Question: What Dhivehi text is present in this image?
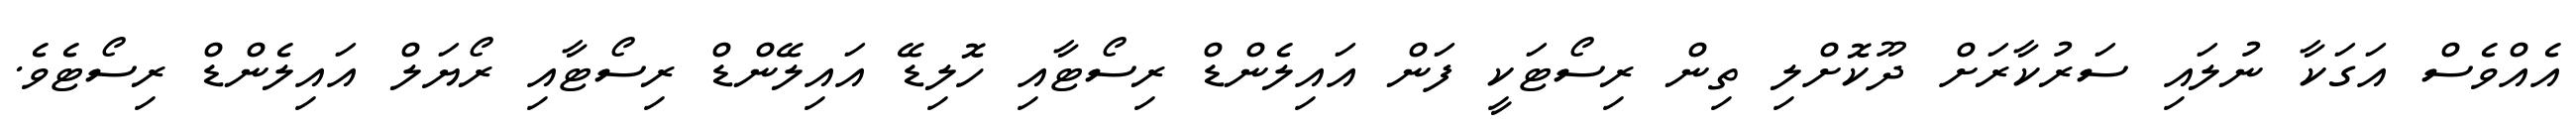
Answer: އެއްވެސް އަގަކާ ނުލައި ސަރުކާރަށް ދޫކޮށްލި ތިން ރިސޯޓަކީ ފަން އައިލެންޑް ރިސޯޓާއި ހޮލިޑޭ އައިލޭންޑް ރިސޯޓާއި ރޯޔަލް އައިލެންޑް ރިސޯޓެވެ.